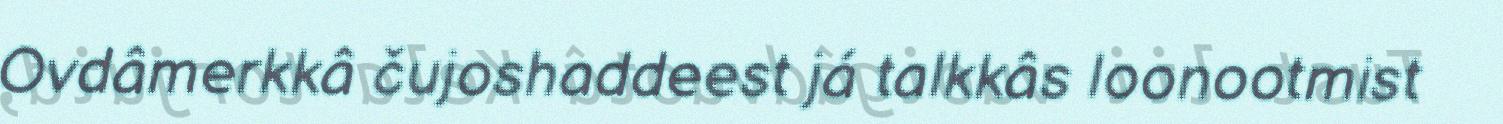
Ovdâmerkkâ čujoshaddeest já talkkâs loonootmist